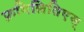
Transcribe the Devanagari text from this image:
फ्रगिलितिएस्